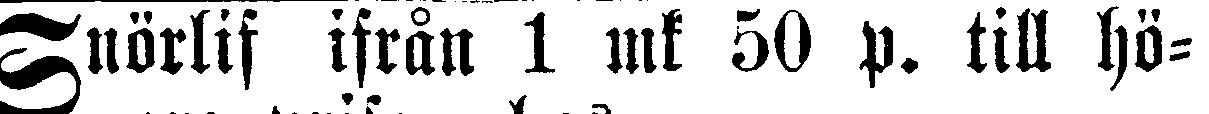
Snörlif ifrån 1 mk 50 p. till hö-